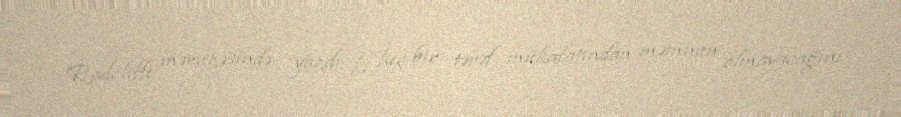
Radcliffe məruzəsində yazdı ki, heç bir tərəf mükafatından məmnun olmayacağını